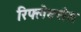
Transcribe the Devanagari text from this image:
रिफ्लेक्सेस